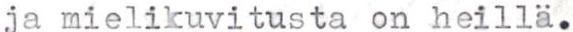
ja mielikuvitusta on heillä.